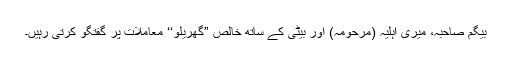
بیگم صاحبہ، میری اہلیہ (مرحومہ) اور بیٹی کے ساتھ خالص ”گھریلو‘‘ معاملات پر گفتگو کرتی رہیں۔